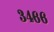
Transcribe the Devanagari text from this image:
३४६६